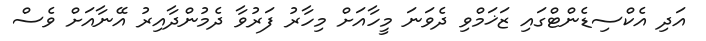
އަދި އެކްސިޑެންޓްގައި ޒަޚަމްވި ދެވަނަ މީހާއަށް މިހާރު ފަރުވާ ދެމުންދާއިރު އޭނާއަށް ވެސް